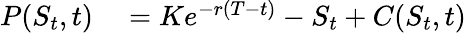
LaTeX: \begin{array}{rl}{P(S_{t},t)}&{{}=Ke^{-r(T-t)}-S_{t}+C(S_{t},t)}\end{array}